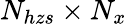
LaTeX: N_{hzs}\times N_{x}